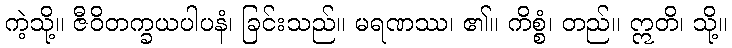
ကဲ့သို့။ ဇီဝိတက္ခယပါပနံ၊ ခြင်းသည်။ မရဏဿ၊ ၏။ ကိစ္စံ၊ တည်။ ဣတိ၊ သို့။